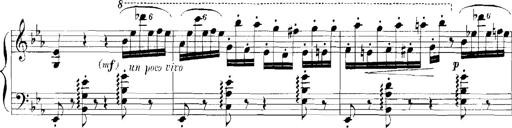
Title: Rhapsodies hongroises
Composer: Franz Liszt